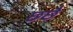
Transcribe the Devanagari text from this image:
छछै